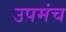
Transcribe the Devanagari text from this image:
उपमंच